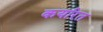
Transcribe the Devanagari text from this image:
कर्यारत